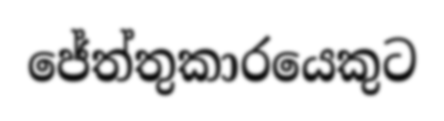
ජේත්තුකාරයෙකුට